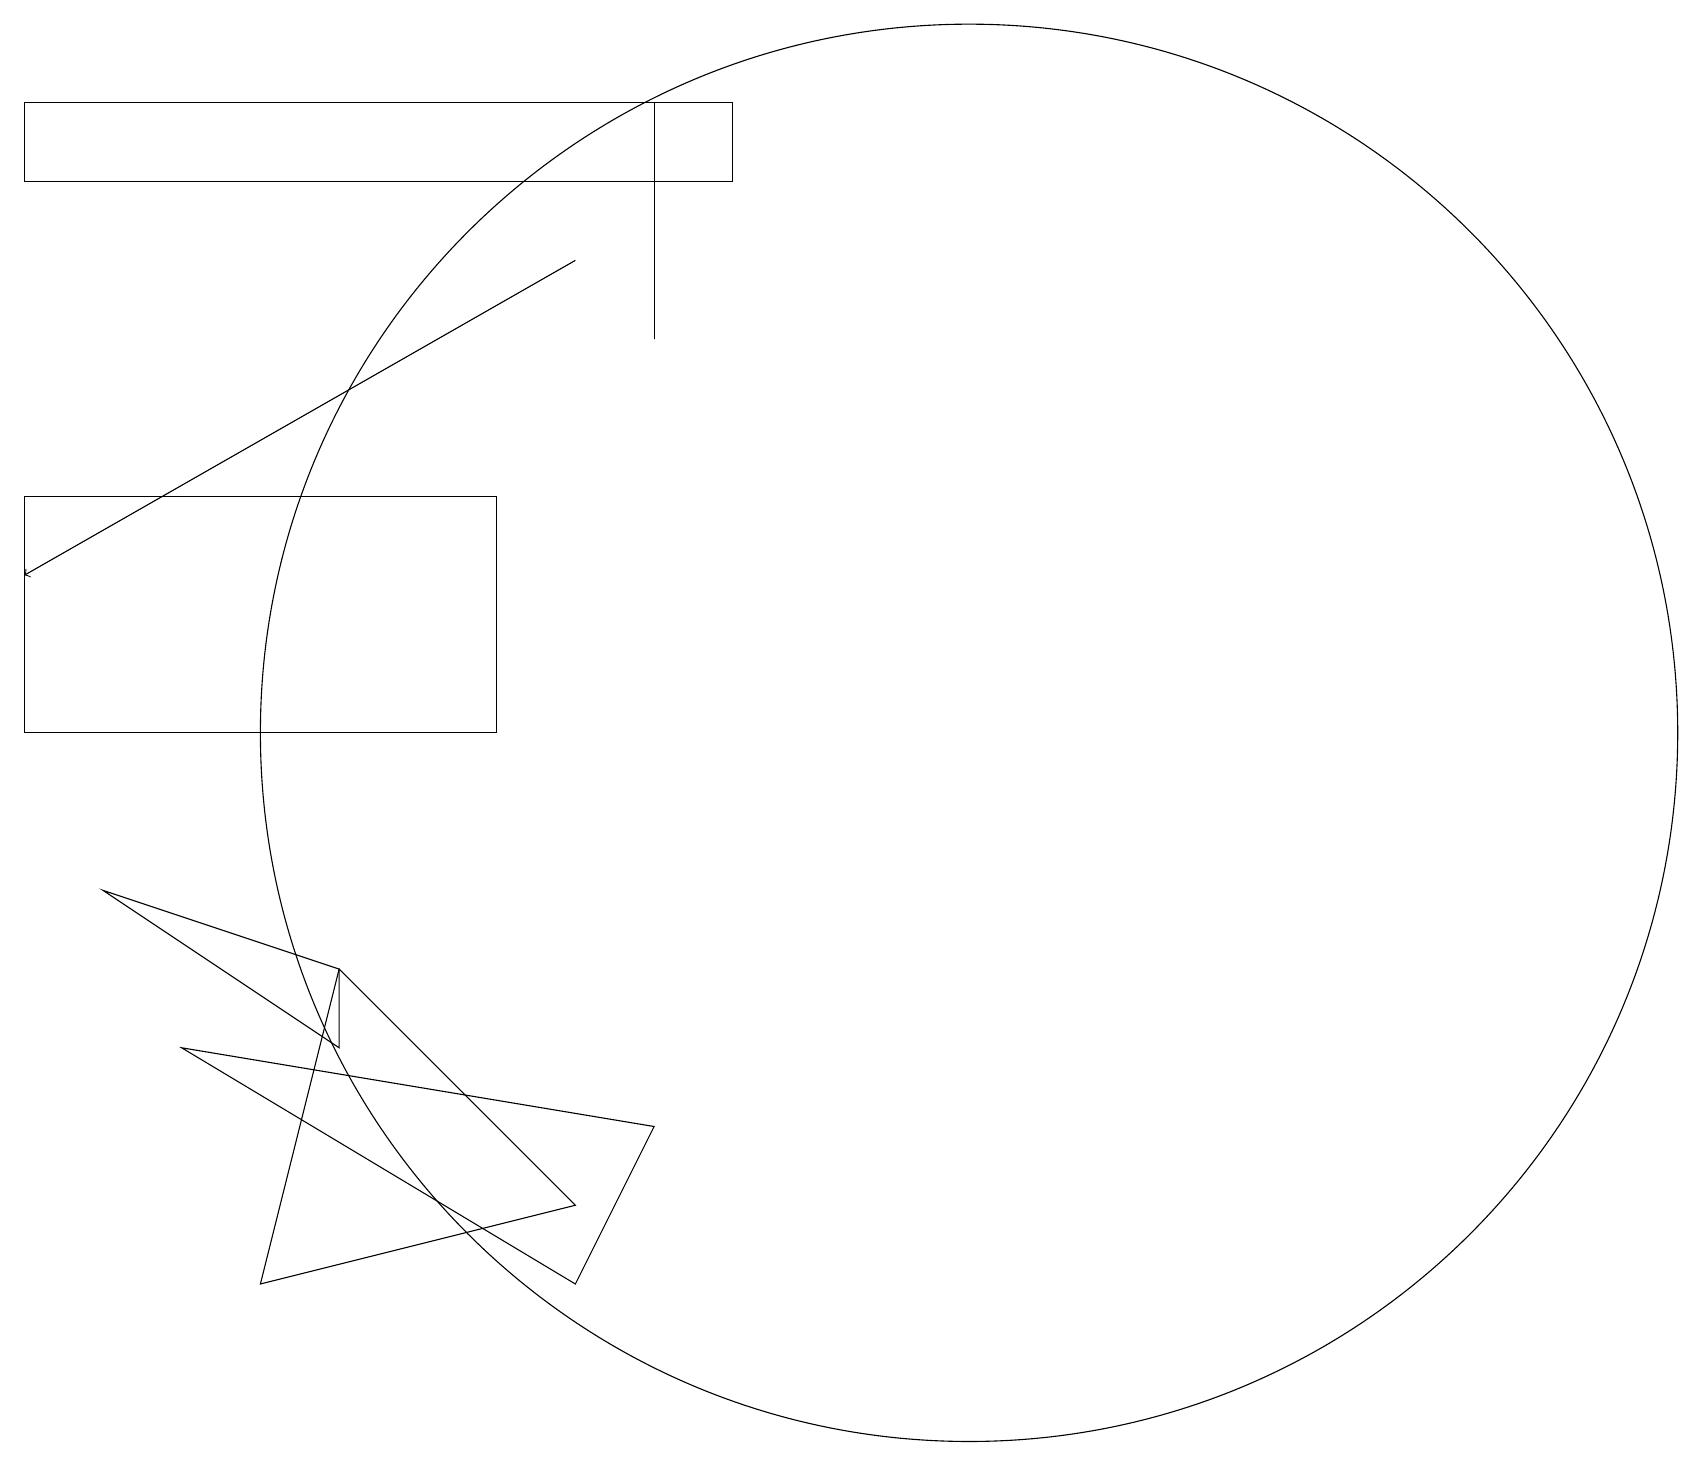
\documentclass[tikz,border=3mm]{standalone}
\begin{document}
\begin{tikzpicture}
\draw[->] (7,17) -- (0,13);
\draw (4,8) -- (4,7) -- (1,9) -- cycle;
\draw (0,11) rectangle (6,14);
\draw (3,4) -- (7,5) -- (4,8) -- cycle;
\draw (2,7) -- (7,4) -- (8,6) -- cycle;
\draw (12,11) circle (9);
\draw (8,19) rectangle (8,16);
\draw (9,19) rectangle (0,18);
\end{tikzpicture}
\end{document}